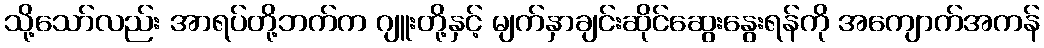
သို့သော်လည်း အာရပ်တို့ဘက်က ဂျူးတို့နှင့် မျက်နှာချင်းဆိုင်ဆွေးနွေးရန်ကို အကျောက်အကန်